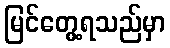
မြင်တွေ့ရသည်မှာ